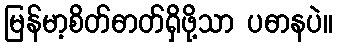
မြန်မာ့စိတ်ဓာတ်ရှိဖို့သာ ပဓာနပဲ။